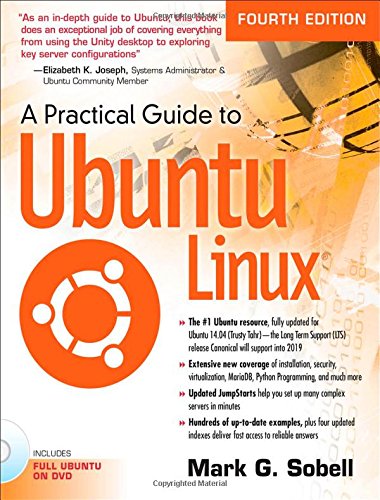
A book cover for A Practical Guide to Ubuntu Linux (4th Edition); Mark G. Sobell; Computers & Technology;